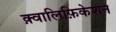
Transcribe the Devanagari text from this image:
क़्वालिफ़िकेशन